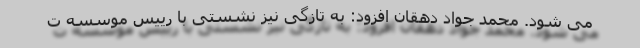
می شود. محمد جواد دهقان افزود: به تازگی نیز نشستی با رییس موسسه ت